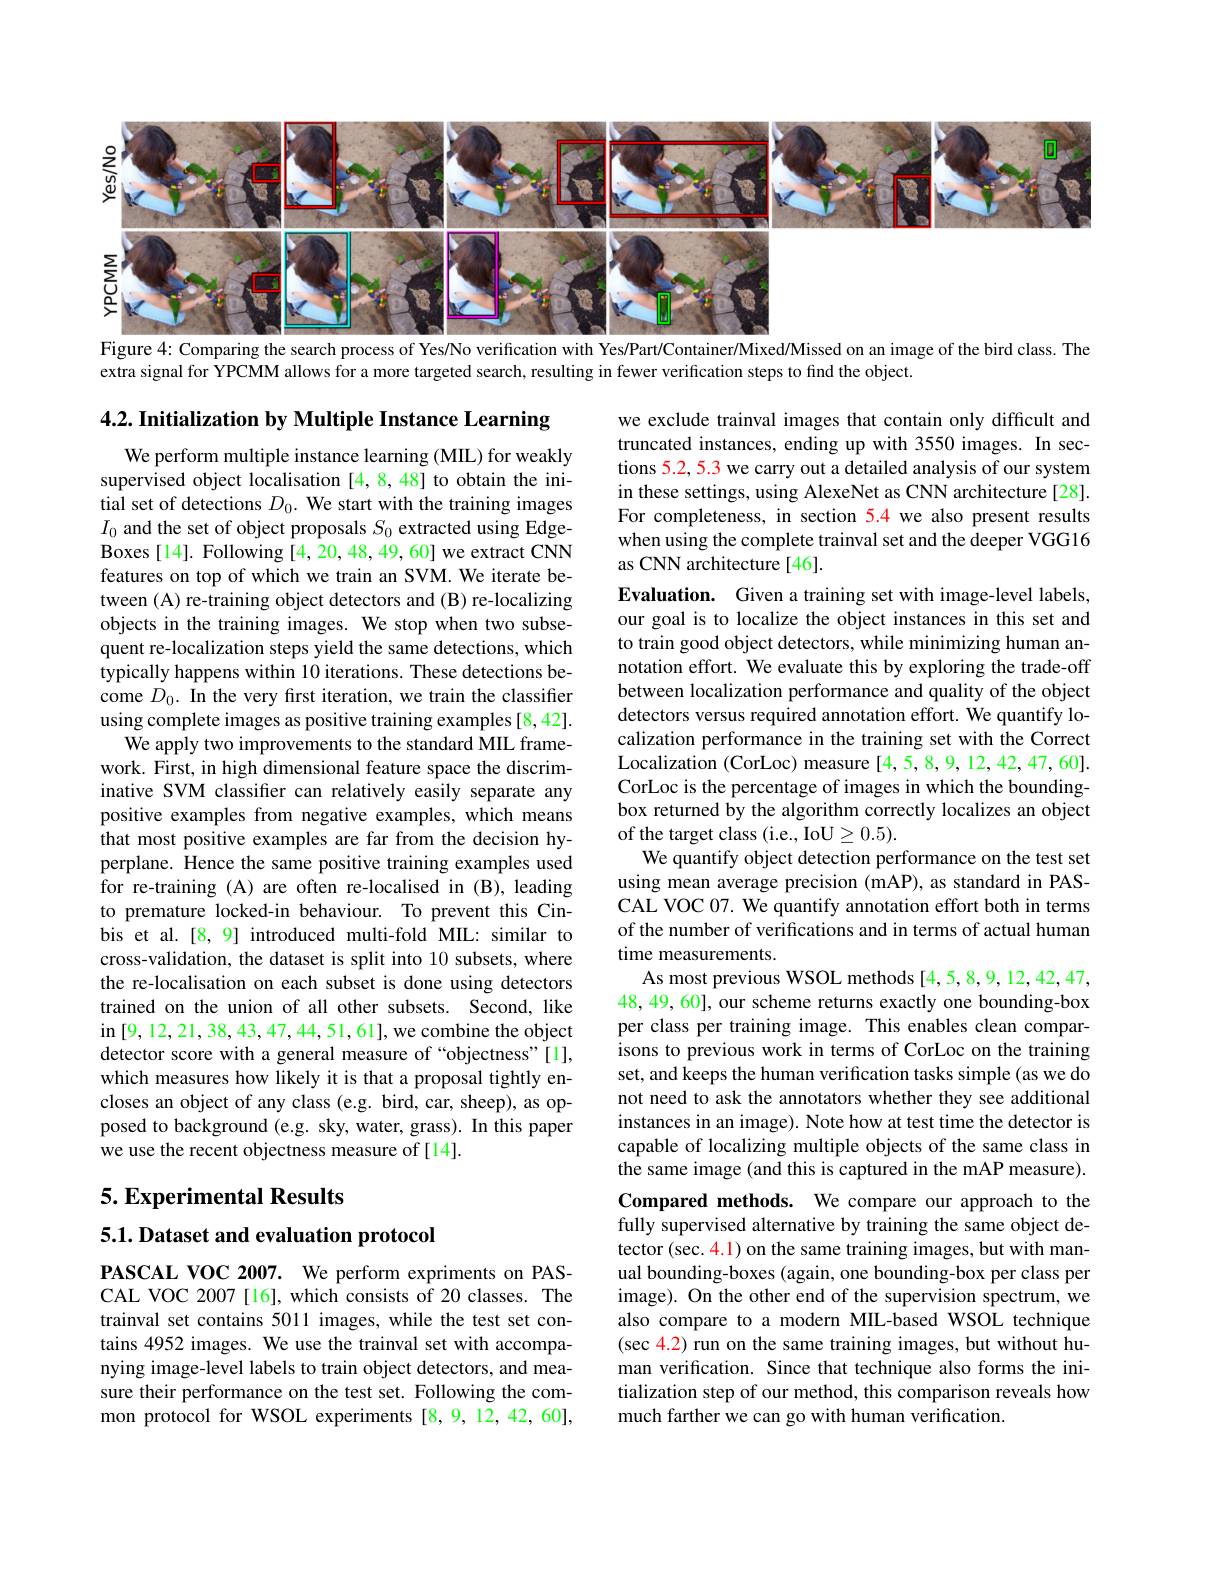
<FigureHere>
Figure 4{:} Comparing the search process of Yes/No verification with Yes/Part/Container/Mixed/Missed on an image of the bird class. The

extra signal for YPCMM allows for a more targeted search, resulting in fewer verification steps to find the object.

4.2. Initialization by Multiple Instance Learning
We perform multiple instance learning (MIL) for weakly supervised object localisation [4,8,48] to obtain the initial set of detections $D_0.$ We start with the training images $I_0$ and the set of object proposals $S_0$ extracted using EdgeBoxes[14]. Following[4,20,48,49,60] we extract CNN features on top of which we train an SVM. We iterate between (A) re-training object detectors and (B) re-localizing objects in the training images. We stop when two subsequent re-localization steps yield the same detections, which $\hat{\text{typically happens within 10 iterations. These detections be-}}$ come $D_0. \textbf{In the very first iteration, we train the classifier}$ using complete images as positive training examples [8,42].
We apply two improvements to the standard MIL framework. First, in high dimensional feature space the discriminative SVM classifer can relatively easily separate any positive examples from negative examples, which means that most positive examples are far from the decision hyperplane. Hence the same positive training examples used for re-training (A) are often re-localised in (B), leading to premature locked-in behaviour. To prevent this Cinbis et al.[8,9] introduced multi-fold MIL: similar to cross-validation, the dataset is split into 10 subsets, where the re-localisation on each subset is done using detectors trained on the union of all other subsets. Second, like in [ 9, 12, 21, 38, 43, 47, 44, 51, 61] , we combine the object detector score with a general measure of “objectness"[1], which measures how likely it is that a proposal tightly encloses an object of any class (e.g. bird, car, sheep), as opposed to background (e.g. sky, water, grass). In this paper we use the recent objectness measure of [14].

we exclude trainval images that contain only difficult and truncated instances, ending up with 3550 images. In sections 5.2, 5.3 we carry out a detailed analysis of our system in these settings, using AlexeNet as CNN architecture [28]. For completeness, in section 5.4 we also present results when using the complete trainval set and the deeper VGG16 as CNN architecture[46].
Evaluation. Given a training set with image-level labels, our goal is to localize the object instances in this set and to train good object detectors, while minimizing human annotation effort. We evaluate this by exploring the trade-off between localization performance and quality of the object detectors versus required annotation effort. We quantify localization performance in the training set with the Correct Localization (CorLoc) measure [4,5,8,9,12,42,47,60]. CorLoc is the percentage of images in which the boundingbox returned by the algorithm correctly localizes an object of the target class (i.e., IoU$\geq0.5).$
We quantify object detection performance on the test set using mean average precision (mAP), as standard in PASCAL VOC 07. We quantify annotation effort both in terms of the number of verifications and in terms of actual human time measurements
As most previous WSOL methods [4,5,8,9,12,42,47, 48, 49, 60], our scheme returns exactly one bounding-box per class per training image. This enables clean comparisons to previous work in terms of CorLoc on the training set, and keeps the human verification tasks simple (as we do not need to ask the annotators whether they see additional instances in an image). Note how at test time the detector is capable of localizing multiple objects of the same class in the same image (and this is captured in the mAP measure). Compared methods. We compare our approach to the fully supervised alternative by training the same object detector (sec. 4.1) on the same training images, but with manual bounding-boxes (again, one bounding-box per class per image). On the other end of the supervision spectrum, we also compare to a modern MIL-based WSOL technique (sec 4.2) run on the same training images, but without human verification. Since that technique also forms the initialization step of our method, this comparison reveals how much farther we can go with human verification

## 5. Experimental Results

$5. 1. \textbf{Dataset and evaluation protocol}$

PASCAL VOC 2007. We perform expriments on PASCAL VOC 2007[16], which consists of 20 classes. The trainval set contains 5011 images, while the test set contains 4952 images. We use the trainval set with accompanying image-level labels to train object detectors, and measure their performance on the test set. Following the common protocol for WSOL experiments [8,9,12,42,60],